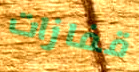
قفازات